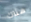
هناك